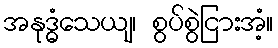
အနုဒ္ဓံသေယျ၊ စွပ်စွဲငြားအံ့။